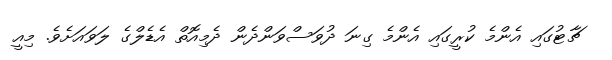
ޗާޓުގައި އެންމެ ކުރީގައި އެންމެ ގިނަ ދުވަސްވަންދެން ދެމިއޮތް އެޑެލްގެ ލަވައަށެވެ. މިއީ